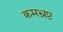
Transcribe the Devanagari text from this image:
क्रमभ्रष्ट